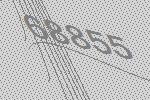
68855